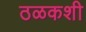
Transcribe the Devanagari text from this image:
ठळकशी